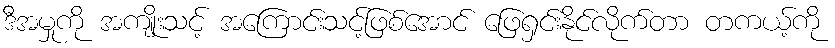
ဒီအမှုကို အကျိုးသင့် အကြောင်းသင့်ဖြစ်အောင် ဖြေရှင်းနိုင်လိုက်တာ တကယ့်ကို